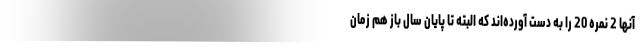
آنها 2 نمره 20 را به دست ‌آورده‌اند که البته تا پایان سال باز هم زمان